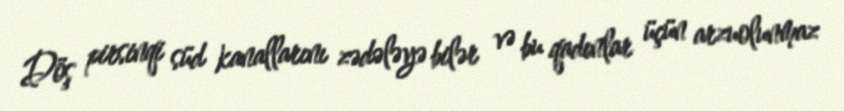
Döş pirsinqi süd kanallarını zədələyə bilər və bu qadınlar üçün arzuolunmaz